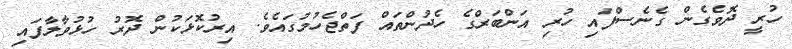
ހުރީ ދޮވެގެން ގެނެސްފައި ހުރި އަންބަރްގެ ހެދުންތައް ފަތްޖެހުމުގައެވެ. އިރުކޮޅަކުން ދޮރު ހުޅުވާލާފައި